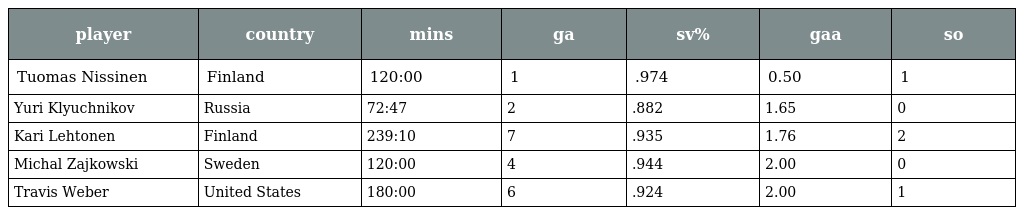
| player | country | mins | ga | sv% | gaa | so |
 | --- | --- | --- | --- | --- | --- | --- |
 | Tuomas Nissinen | Finland | 120:00 | 1 | .974 | 0.50 | 1 |
 | Yuri Klyuchnikov | Russia | 72:47 | 2 | .882 | 1.65 | 0 |
 | Kari Lehtonen | Finland | 239:10 | 7 | .935 | 1.76 | 2 |
 | Michal Zajkowski | Sweden | 120:00 | 4 | .944 | 2.00 | 0 |
 | Travis Weber | United States | 180:00 | 6 | .924 | 2.00 | 1 |